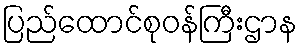
ပြည်ထောင်စုဝန်ကြီးဌာန